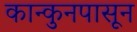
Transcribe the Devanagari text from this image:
कान्कुनपासून